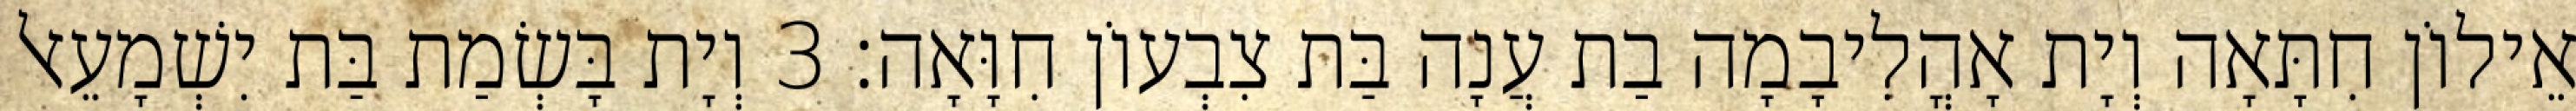
אֵילוֹן חִתָּאָה וְיָת אָהֳלִיבָמָה בַת עֲנָה בַּת צִבְעוֹן חִוָּאָה׃ 3 וְיָת בָּשְׂמַת בַּת יִשְׁמָעֵאל